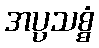
အပ္ပသစ္စံ